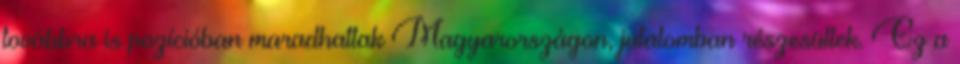
továbbra is pozícióban maradhattak Magyarországon, jutalomban részesültek. Ez a